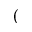
(